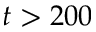
t > 2 0 0